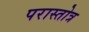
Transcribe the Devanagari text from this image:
परास्तोत्र